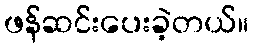
ဖန်ဆင်းပေးခဲ့တယ်။